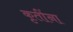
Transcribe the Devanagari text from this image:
कृतींना